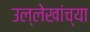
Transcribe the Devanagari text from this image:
उल्लेखांच्या